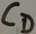
Text: CD